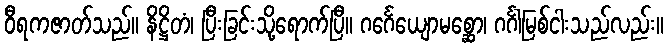
ဝီရကဇာတ်သည်။ နိဋ္ဌိတံ၊ ပြီးခြင်းသို့ရောက်ပြီ။ ဂင်္ဂေယျောမစ္ဆော၊ ဂင်္ဂါမြစ်ငါးသည်လည်း။